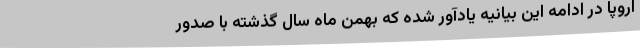
اروپا در ادامه این بیانیه یادآور شده که بهمن ماه سال گذشته با صدور